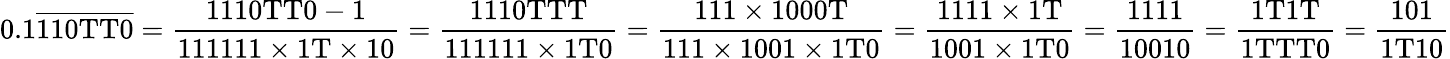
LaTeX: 0.1{\overline{{\mathrm{110TT0}}}}={\frac{\mathrm{1110TT0-1}}{\mathrm{111111\times 1T\times 10}}}={\frac{\mathrm{1110TTT}}{\mathrm{111111\times 1T0}}}={\frac{\mathrm{111\times 1000T}}{\mathrm{111\times 1001\times 1T0}}}={\frac{\mathrm{1111\times 1T}}{\mathrm{1001\times 1T0}}}={\frac{1111}{10010}}={\frac{\mathrm{1T1T}}{\mathrm{1TTT0}}}={\frac{101}{\mathrm{1T10}}}